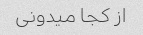
از کجا میدونی